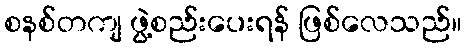
စနစ်တကျ ဖွဲ့စည်းပေးရန် ဖြစ်လေသည်။